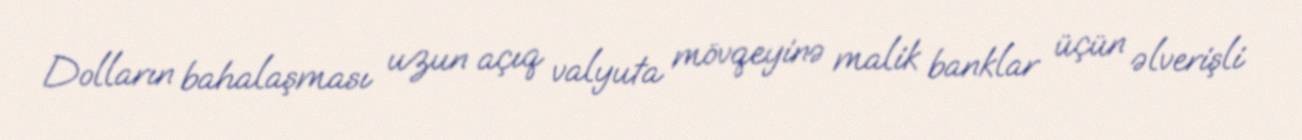
Dolların bahalaşması uzun açıq valyuta mövqeyinə malik banklar üçün əlverişli